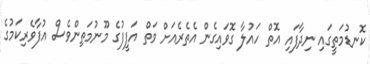
ކޮނޑުމަތީގައި ނިދާފައި އޮތް ހައުލާ ގޮވައިގެން އެތެރެއަށް ވަތް އަފީފުގެ މޫނުމަތިންވެސް އުފާވެރިކަމުގެ